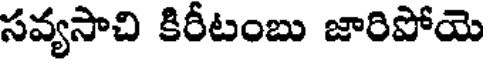
సవ్యసాచి కిరీటంబు జారిపోయె